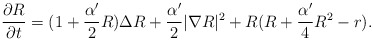
\begin{align*}\frac{\partial R}{\partial t}=(1+\frac{\alpha'}{2}R)\Delta R+\frac{\alpha'}{2}|\nabla R|^2+R(R+\frac{\alpha'}{4}R^2-r).\end{align*}